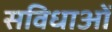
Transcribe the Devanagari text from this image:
सविधाओं